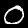
Digit: 0